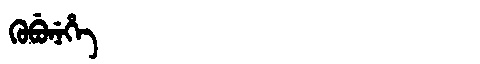
Manchu: ᡴᡠᠪᡠᠨᡝᡥᡝ
Romanization: KUBUNEHE